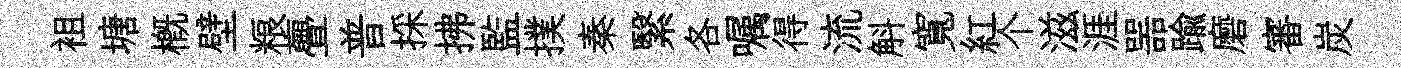
袓塘概壁粮亹普採拂監撲秦繄各嘱得流斛寬紅个滋涯噐踰磨審炭